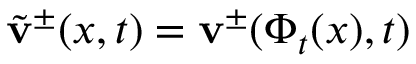
\tilde { \mathbf { v } } ^ { \pm } ( x , t ) = \mathbf { v } ^ { \pm } ( \Phi _ { t } ( x ) , t )